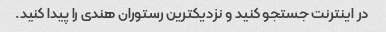
در اینترنت جستجو کنید و نزدیکترین رستوران هندی را پیدا کنید.